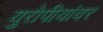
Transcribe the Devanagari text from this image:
युरोपीयांवर